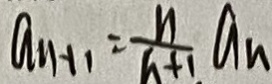
a _ { n + 1 } = \frac { n } { n + 1 } a _ { n }